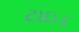
ટાઇડ